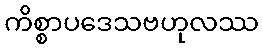
ကိစ္စာပဒေသဗဟုလဿ